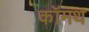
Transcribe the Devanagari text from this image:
कॉमथ